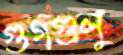
গুগগুলু